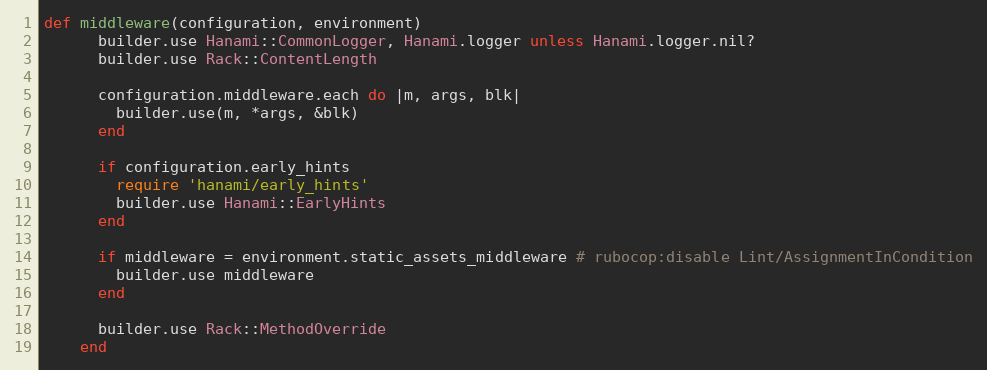
Language: Ruby
def middleware(configuration, environment)
      builder.use Hanami::CommonLogger, Hanami.logger unless Hanami.logger.nil?
      builder.use Rack::ContentLength

      configuration.middleware.each do |m, args, blk|
        builder.use(m, *args, &blk)
      end

      if configuration.early_hints
        require 'hanami/early_hints'
        builder.use Hanami::EarlyHints
      end

      if middleware = environment.static_assets_middleware # rubocop:disable Lint/AssignmentInCondition
        builder.use middleware
      end

      builder.use Rack::MethodOverride
    end